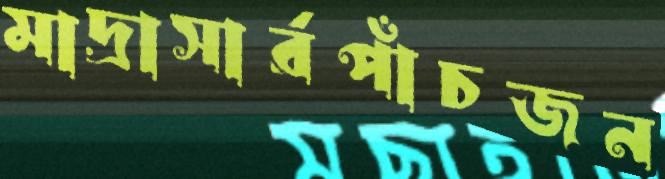
মাদ্রাসার্রপাঁচজন